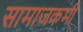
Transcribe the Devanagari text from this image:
सामाजकर्मी